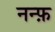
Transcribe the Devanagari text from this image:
नन्फ़